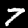
Digit: 7